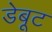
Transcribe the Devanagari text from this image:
डेबूट